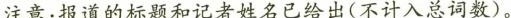
注意：报道的标题和记者姓名已给出(不计入总词数)。